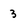
Character: 3